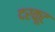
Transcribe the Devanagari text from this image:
दरकूट